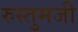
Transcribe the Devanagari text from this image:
रुस्तुमजी